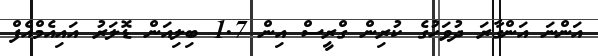
އަންނަ އަންގާރަ ދުވަހުގެ ކުރިން ގްރީސް އިން 1.7 ބިލިއަން ޑޮލަރު އައިއެމްއެފް